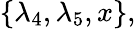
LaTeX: \{ \lambda_{4},\lambda_{5},x\} ,